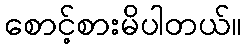
စောင့်စားမိပါတယ်။